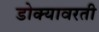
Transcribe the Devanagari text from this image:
डोक्यावरती